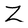
Character: Z